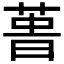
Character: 𰱢